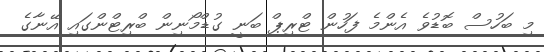
މި ބަހުސް ބޮޑުވެ އެންމެ ފަހުން ޓްރިޕް ބަނީ ގުޑްމޯނިން ބްރިޓްންގައި އޭނާގެ